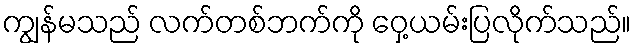
ကျွန်မသည် လက်တစ်ဘက်ကို ဝှေ့ယမ်းပြလိုက်သည်။